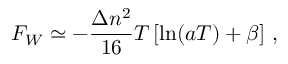
F _ { W } \simeq - \frac { \Delta n ^ { 2 } } { 1 6 } T \left[ \ln ( a T ) + \beta \right] \, { , }